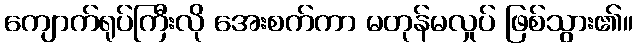
ကျောက်ရုပ်ကြီးလို အေးစက်ကာ မတုန်မလှုပ် ဖြစ်သွား၏။